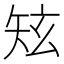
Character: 𥎸